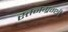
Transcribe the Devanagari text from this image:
स्तनग्रन्थी